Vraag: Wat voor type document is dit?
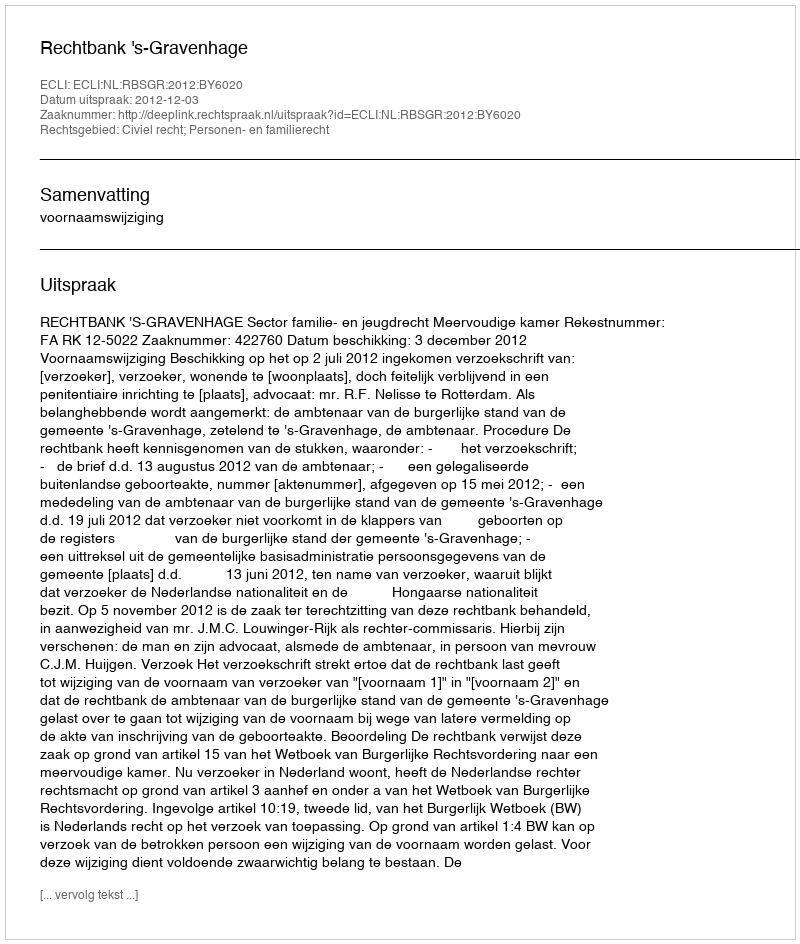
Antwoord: Uitspraak